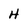
Character: H